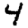
Digit: 4